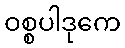
ဝစ္စပါဒုကေ